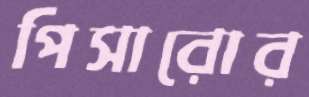
পিসারোর